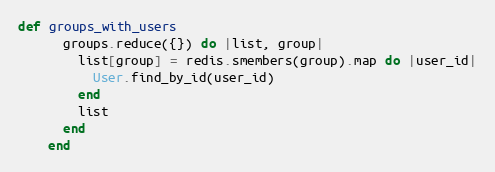
Language: Ruby
def groups_with_users
      groups.reduce({}) do |list, group|
        list[group] = redis.smembers(group).map do |user_id|
          User.find_by_id(user_id)
        end
        list
      end
    end